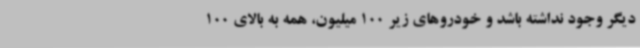
دیگر وجود نداشته باشد و خودروهای زیر 100 میلیون، همه به بالای 100